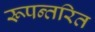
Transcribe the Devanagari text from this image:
रूपन्तरित